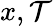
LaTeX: x,\mathcal{T}